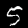
Label: 5